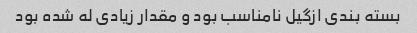
بسته بندی ازگیل نامناسب بود و مقدار زیادی له شده بود